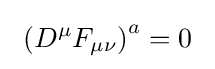
\ \left(D^{\mu }F_{\mu \nu }\right)^{a}=0~